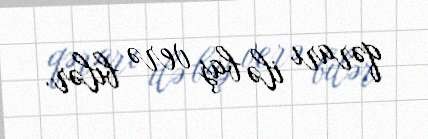
qərarı ilə baş verə bilər.